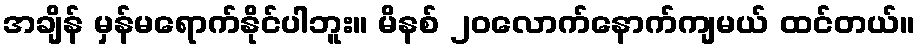
အချိန် မှန်မရောက်နိုင်ပါဘူး။ မိနစ် ၂၀လောက်နောက်ကျမယ် ထင်တယ်။